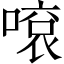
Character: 𠽓